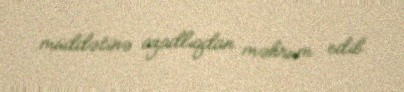
müddətinə azadlıqdan məhrum edib.